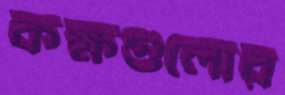
কক্ষগুলোর